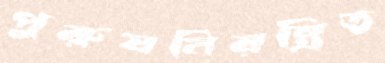
পুরুষনিয়ন্ত্রিত